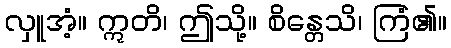
လှူအံ့။ ဣတိ၊ ဤသို့။ စိန္တေသိ၊ ကြံ၏။